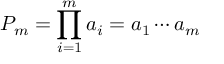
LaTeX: P _ { m } = \prod _ { i = 1 } ^ { m } a _ { i } = a _ { 1 } \cdots a _ { m }